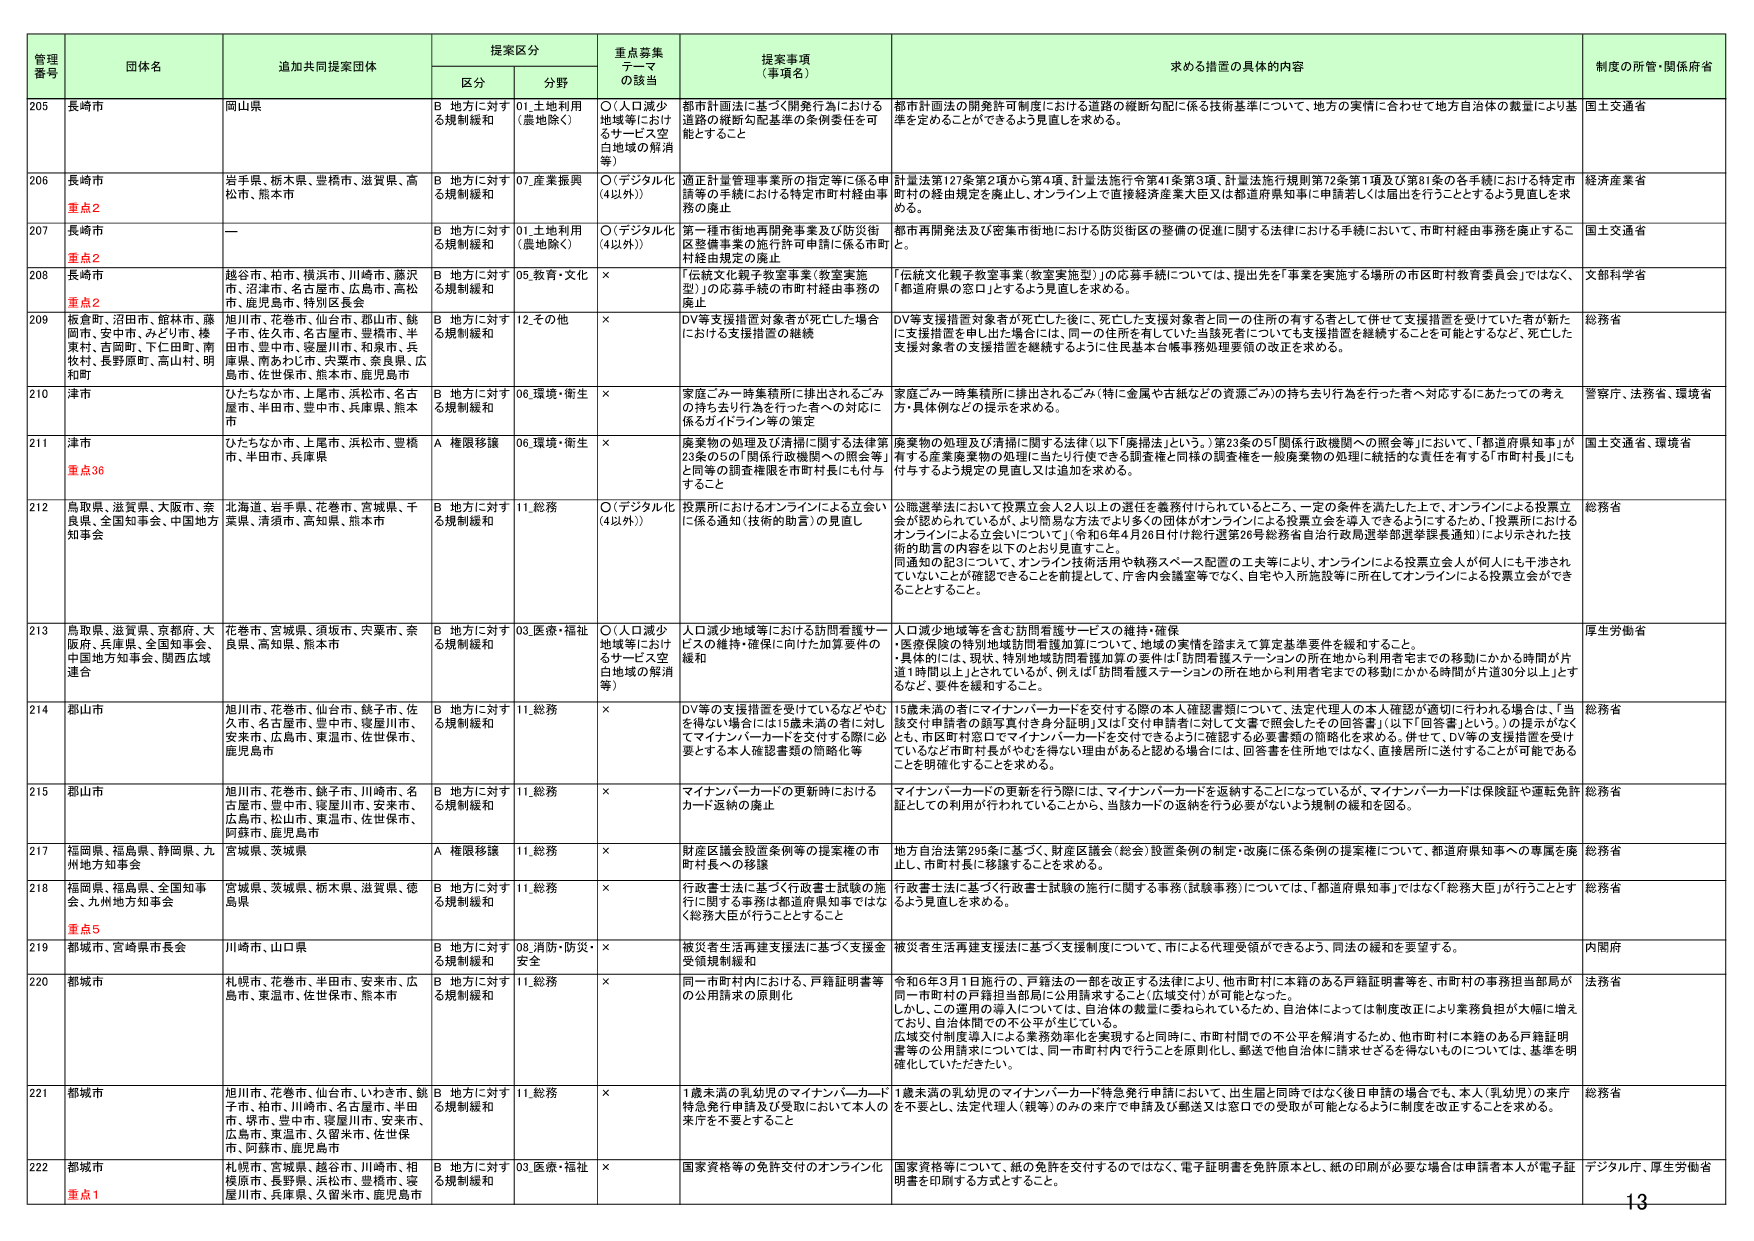
管理番号 団体名 追加共同提案団体 提案区分 重点募集テーマの該当 提案事項（事項名） 求める措置の具体的内容 制度の所管・関係府省
区分 分野
205 長崎市 岡山県 B 地方に対する規制緩和 01.土地利用（農地除く） ○（人口減少地域等におけるサービス空白地域の解消等） 都市計画法に基づく開発行為における道路の縦断勾配に係る技術基準について、地方の実情に合わせて地方自治体の裁量により基準を定めることができるように見直しを求めること。 国土交通省
206 長崎市 重点2 岩手県、栃木県、豊橋市、滋賀県、高松市、熊本市 B 地方に対する規制緩和 07.産業振興 ○（デジタル化（4以外）） 適正計量管理事業所の指定等に係る申請等の手続における特定市町村経由事務の廃止 計量法第127条第2項から第4項、計量法施行令第41条第3項、計量法施行規則第72条第1項及び第81条の各手続における特定市町村の経由規定を廃止し、オンライン上で直接経済産業大臣又は都道府県知事に申請若しくは届出を行うこととするよう見直しを求めること。 経済産業省
207 長崎市 重点2 ー B 地方に対する規制緩和 01.土地利用（農地除く） ○（デジタル化（4以外）） 第一種市街地再開発事業及び防災街区整備事業の施行許可申請に係る市町村経由規定の廃止 都市再開発法及び密集市街地における防災街区の整備の促進に関する法律における手続において、市町村経由事務を廃止すること。 国土交通省
208 長崎市 重点2 越谷市、柏市、横浜市、川崎市、藤沢市、沼津市、名古屋市、広島市、高松市、鹿児島市、特別区長会 B 地方に対する規制緩和 05.教育・文化 × 「伝統文化親子教室事業（教室実施型）」の応募手続の市町村経由事務の廃止 「伝統文化親子教室事業（教室実施型）」の応募手続については、提出先を「事業を実施する場所の市区町村教育委員会」ではなく、「都道府県の窓口」とするよう見直しを求めること。 文部科学省
209 板倉町、沼田市、館林市、藤岡市、安中市、みどり市、榛東村、吉岡町、下仁田町、南牧村、長野原町、高山村、明和町 旭川市、花巻市、仙台市、郡山市、銚子市、佐久市、名古屋市、豊橋市、半田市、豊中市、寝屋川市、和泉市、兵庫県、南あわじ市、穴窪市、奈良県、広島市、佐世保市、熊本市、鹿児島市 B 地方に対する規制緩和 12.その他 × DV等支援措置対象者が死亡した場合における支援措置の継続 DV等支援措置対象者が死亡した後に、死亡した支援対象者と同一の住所の有する者として併せて支援措置を受けている者が新たに支援措置を申し出た場合には、同一の住所を有していた当該死者についても支援措置を継続することを可能とするなど、死亡した支援対象者の支援措置を継続するように住民基本台帳事務処理要領の改正を求めること。 総務省
210 津市 ひたちなか市、上尾市、浜松市、名古屋市、半田市、豊中市、兵庫県、熊本市 B 地方に対する規制緩和 06.環境・衛生 × 家庭ごみ一時集積所に排出されるごみの持ち去り行為を行った者への対応に係るガイドライン等の策定 家庭ごみ一時集積所に排出されるごみ（特に金属や古紙などの資源ごみ）の持ち去り行為を行った者へ対応するにあたっての考え方・具体例などの提示を求めること。 警察庁、法務省、環境省
211 津市 重点36 ひたちなか市、上尾市、浜松市、豊橋市、半田市、兵庫県 A 権限移譲 06.環境・衛生 × 廃棄物の処理及び清掃に関する法律第23条の5の「関係行政機関への照会等」と同等の調査権限を市町村長にも付与すること 廃棄物の処理及び清掃に関する法律（以下「廃掃法」という。）第23条の5「関係行政機関への照会等」において、「都道府県知事」が有する産業廃棄物の処理に当たり行使できる調査権と同様の調査権を一般廃棄物の処理に統括的な責任を有する「市町村長」にも付与するよう規定の見直し又は追加を求めること。 国土交通省、環境省
212 鳥取県、滋賀県、大阪市、奈良県、全国知事会、中国地方知事会 北海道、岩手県、花巻市、宮城県、千葉県、清須市、高知県、熊本市 B 地方に対する規制緩和 11.総務 ○（デジタル化（4以外）） 投票所におけるオンラインによる立会いに係る通知（技術的助言）の見直し 公職選挙法において投票立会人2人以上の選任を義務付けられているところ、一定の条件を満たした上で、オンラインによる投票立会が認められているが、より簡易な方法でより多くの団体がオンラインによる投票立会を導入できるようにするため、「投票所におけるオンラインによる立会いについて」（令和6年4月26日付け総行選第26号総務省自治行政局選挙部選挙課長通知）により示された技術的助言の内容を以下のとおり見直すこと。 同通知の記3について、オンライン技術活用や執務スペース配置の工夫等により、オンラインによる投票立会人が何人にも干渉されていることとが確認できることを前提として、庁舎内会議室等でなく、自宅や入所施設等に所在してオンラインによる投票立会ができることとすること。 総務省
213 鳥取県、滋賀県、京都府、大阪府、兵庫県、全国知事会、中国地方知事会、関西広域連合 花巻市、宮城県、須坂市、矢沢市、奈良県、高知県、熊本市 B 地方に対する規制緩和 03.医療・福祉 ○（人口減少地域等におけるサービス空白地域の解消等） 人口減少地域等における訪問看護サービスの維持・確保に向けた加算要件の緩和 人口減少地域等を含む訪問看護サービスの維持・確保 ・医療保険の特別地域訪問看護加算について、地域の実情を踏まえて算定基準要件を緩和すること。 ・具体的には、現状、特別地域訪問看護加算の要件は「訪問看護ステーションの所在地から利用者宅までの移動にかかる時間が片道1時間以上」とされているが、例えば「訪問看護ステーションの所在地から利用者宅までの移動にかかる時間が片道30分以上」とするなど、要件を緩和すること。 厚生労働省
214 郡山市 旭川市、花巻市、仙台市、銚子市、佐久市、名古屋市、豊中市、寝屋川市、安来市、広島市、東温市、佐世保市、鹿児島市 B 地方に対する規制緩和 11.総務 × DV等の支援措置を受けているなどやむを得ない場合には15歳未満の者に対しマイナンバーカードを交付する際に必要とする本人確認書類の簡略化等 15歳未満の者にマイナンバーカードを交付する際の本人確認書類について、法定代理人の本人確認が適切に行われる場合は、「当該交付申請者の顔写真付き身分証明」又は「交付申請者に対して文書で照会したその回答書」（以下「回答書」という。）の提示がなくとも、市区町村窓口でマイナンバーカードを交付できるように確認する必要書類の簡略化を求める。併せて、DV等の支援措置を受けているなど市町村長がやむを得ない理由があると認める場合には、回答書を住所地ではなく、直接居所に送付することが可能であることを明確化することを求める。 総務省
215 郡山市 旭川市、花巻市、銚子市、川崎市、名古屋市、豊中市、寝屋川市、安来市、広島市、松山市、東温市、佐世保市、阿蘇市、鹿児島市 B 地方に対する規制緩和 11.総務 × マイナンバーカードの更新時におけるカード返納の廃止 マイナンバーカードの更新を行う際には、マイナンバーカードを返納することになっているが、マイナンバーカードは保険証や運転免許証としての利用が行われていることから、当該カードの返納を行う必要がないよう規制の緩和を図る。 総務省
217 福岡県、福島県、静岡県、九州地方知事会 宮城県、茨城県 A 権限移譲 11.総務 × 財産区議会設置条例等の提案権の市町村長への移譲 地方自治法第295条に基づく、財産区議会（総会）設置条例の制定・改廃に係る条例の提案権について、都道府県知事への専属を廃止し、市町村長に移譲することを求める。 総務省
218 福岡県、福島県、全国知事会、九州地方知事会 宮城県、茨城県、栃木県、滋賀県、徳島県 B 地方に対する規制緩和 11.総務 × 行政書士法に基づく行政書士試験の施行に関する事務は都道府県知事ではなく総務大臣が行うこととすること 行政書士法に基づく行政書士試験の施行に関する事務（試験事務）については、「都道府県知事」ではなく「総務大臣」が行うこととするよう見直しを求めること。 総務省
219 都城市、宮崎県市長会 川崎市、山口県 B 地方に対する規制緩和 08.消防・防災・安全 × 被災者生活再建支援法に基づく支援金受領規制緩和 被災者生活再建支援法に基づく支援制度について、市による代理受領ができるよう、同法の緩和を要望する。 内閣府
220 都城市 札幌市、花巻市、半田市、安来市、広島市、東温市、佐世保市、熊本市 B 地方に対する規制緩和 11.総務 × 同一市町村内における、戸籍証明書等の公用請求の原則化 令和6年3月1日施行の、戸籍法の一部を改正する法律により、他市町村に本籍のある戸籍証明書等を、市町村の事務担当部局が同一市町村の戸籍担当部局に公用請求すること（広域交付）が可能となった。 しかし、この運用の導入については、自治体の裁量に委ねられているため、自治体によっては制度改正により業務負担が大幅に増えており、自治体間での不公平が生じている。 広域交付制度導入による業務効率化を実現すると同時に、市町村間での不公平を解消するため、他市町村に本籍のある戸籍証明書等の公用請求については、同一市町村内で行うことを原則化し、郵送で他自治体に請求させるを得ないものについては、基準を明確化していただきたい。 法務省
221 都城市 旭川市、花巻市、仙台市、いわき市、銚子市、柏市、川崎市、名古屋市、半田市、堺市、豊中市、寝屋川市、安来市、広島市、東温市、久留米市、佐世保市、阿蘇市、鹿児島市 B 地方に対する規制緩和 11.総務 × 1歳未満の乳幼児のマイナンバーカード特急発行申請及び受取において本人の来庁を不要とすること 1歳未満の乳幼児のマイナンバーカード特急発行申請において、出生届と同時ではなく後日申請の場合でも、本人（乳幼児）の来庁を不要とし、法定代理人（親等）のみの来庁で申請及び郵送又は窓口での受取が可能となるように制度を改正することを求める。 総務省
222 都城市 重点1 札幌市、宮城県、越谷市、川崎市、相模原市、長野県、浜松市、豊橋市、寝屋川市、兵庫県、久留米市、鹿児島市 B 地方に対する規制緩和 03.医療・福祉 × 国家資格等の免許交付のオンライン化 国家資格等について、紙の免許を交付するのではなく、電子証明書を免許原本とし、紙の印刷が必要な場合は申請者本人が電子証明書を印刷する方式とすること。 デジタル庁、厚生労働省
13